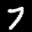
Label: 7